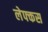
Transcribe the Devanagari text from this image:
लेफ्कस